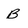
Character: B